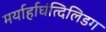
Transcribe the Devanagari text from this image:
मर्यार्हाघंत्दिलिडग